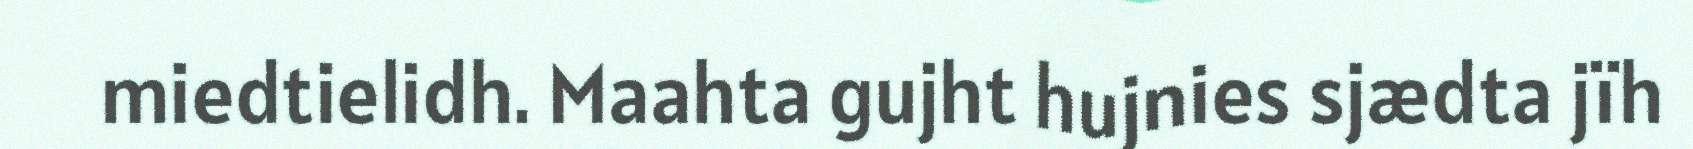
miedtielidh. Maahta gujht hujnies sjædta jïh